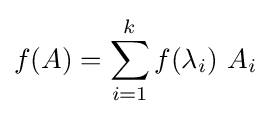
f(A)=\sum _{i=1}^{k}f(\lambda _{i})~A_{i}~